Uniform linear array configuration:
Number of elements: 32
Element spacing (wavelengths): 0.75
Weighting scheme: uniform
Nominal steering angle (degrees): -45
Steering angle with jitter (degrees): -45.495
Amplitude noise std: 0.05
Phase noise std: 0.05

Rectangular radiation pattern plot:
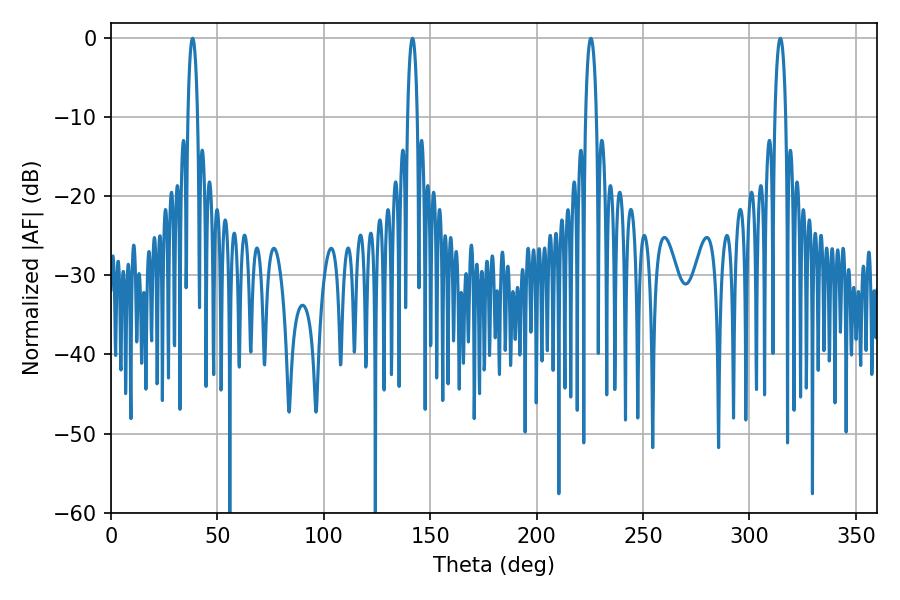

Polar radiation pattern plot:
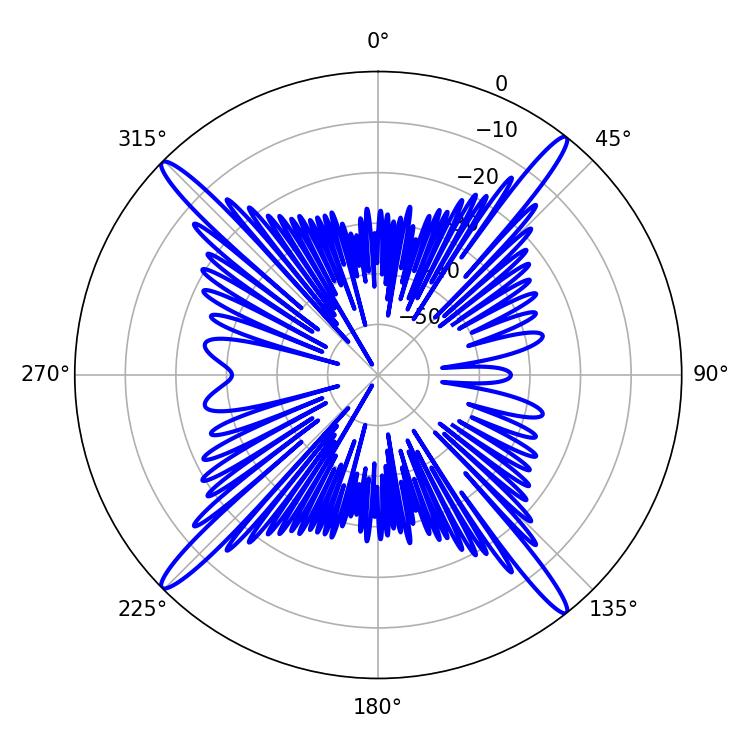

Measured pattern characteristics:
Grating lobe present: TRUE
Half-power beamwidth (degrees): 2.52
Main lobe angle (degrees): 38.34